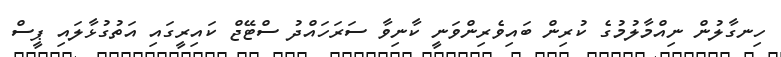
ހިނގާލުން ނިއްމާލުމުގެ ކުރިން ބައިވެރިންވަނީ ކާނިވާ ސަރަހައްދު ސްޓޭޖް ކައިރީގައި އަތުގުޅާލައި ޕީސް